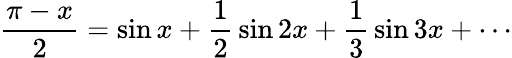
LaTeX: {\frac{\pi-x}{2}}=\sin x+{\frac{1}{2}}\sin 2x+{\frac{1}{3}}\sin 3x+\cdots